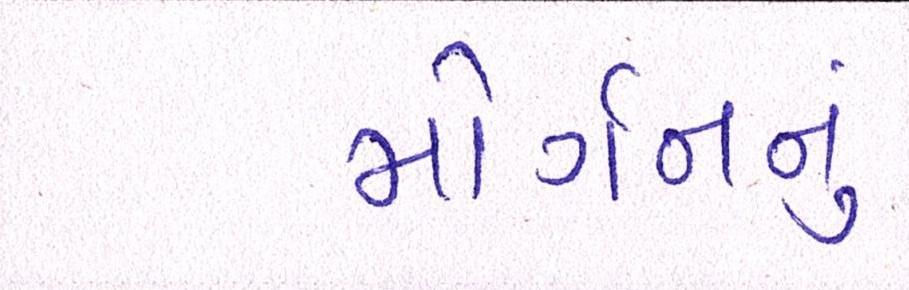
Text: મોર્ગનનું